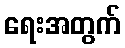
ရေးအတွက်